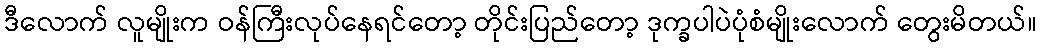
ဒီလောက် လူမျိုးက ဝန်ကြီးလုပ်နေရင်တော့ တိုင်းပြည်တော့ ဒုက္ခပါပဲပုံစံမျိုးလောက် တွေးမိတယ်။